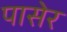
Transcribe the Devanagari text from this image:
पासेर